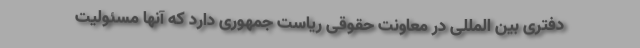
دفتری بین المللی در معاونت حقوقی ریاست جمهوری دارد که آنها مسئولیت